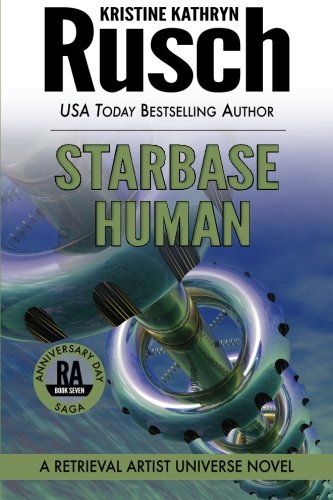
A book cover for Starbase Human: A Retrieval Artist Universe Novel: Book Seven of the Anniversary Day Saga (Volume 14); Kristine Kathryn Rusch; Science Fiction & Fantasy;